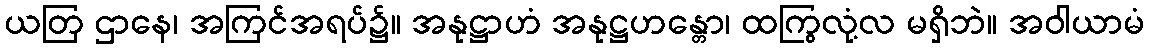
ယတြ ဌာနေ၊ အကြင်အရပ်၌။ အနုဋ္ဌာဟံ အနုဋ္ဌဟန္တော၊ ထကြွလုံ့လ မရှိဘဲ။ အဝါယာမံ